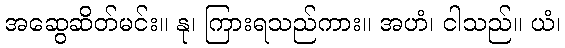
အဆွေဆိတ်မင်း။ နု၊ ကြားရသည်ကား။ အဟံ၊ ငါသည်။ ယံ၊